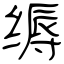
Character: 缛